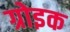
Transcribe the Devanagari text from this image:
ग्रोइक